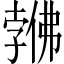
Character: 𱏎